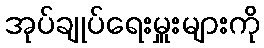
အုပ်ချုပ်ရေးမှူးများကို